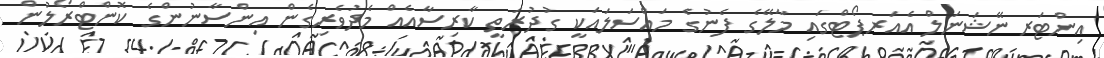
އިންޓަރނޭޝަނަލް އެއަރޕޯޓްގައި މާލޭގެ ފެނުގެ މައްސަލައަކީ ގުދުރަތީ ކާރިސާއެއް މެދުވެރިގެން އިންސާނުންގެ ކޮންޓްރޯލުން